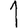
Digit: 1